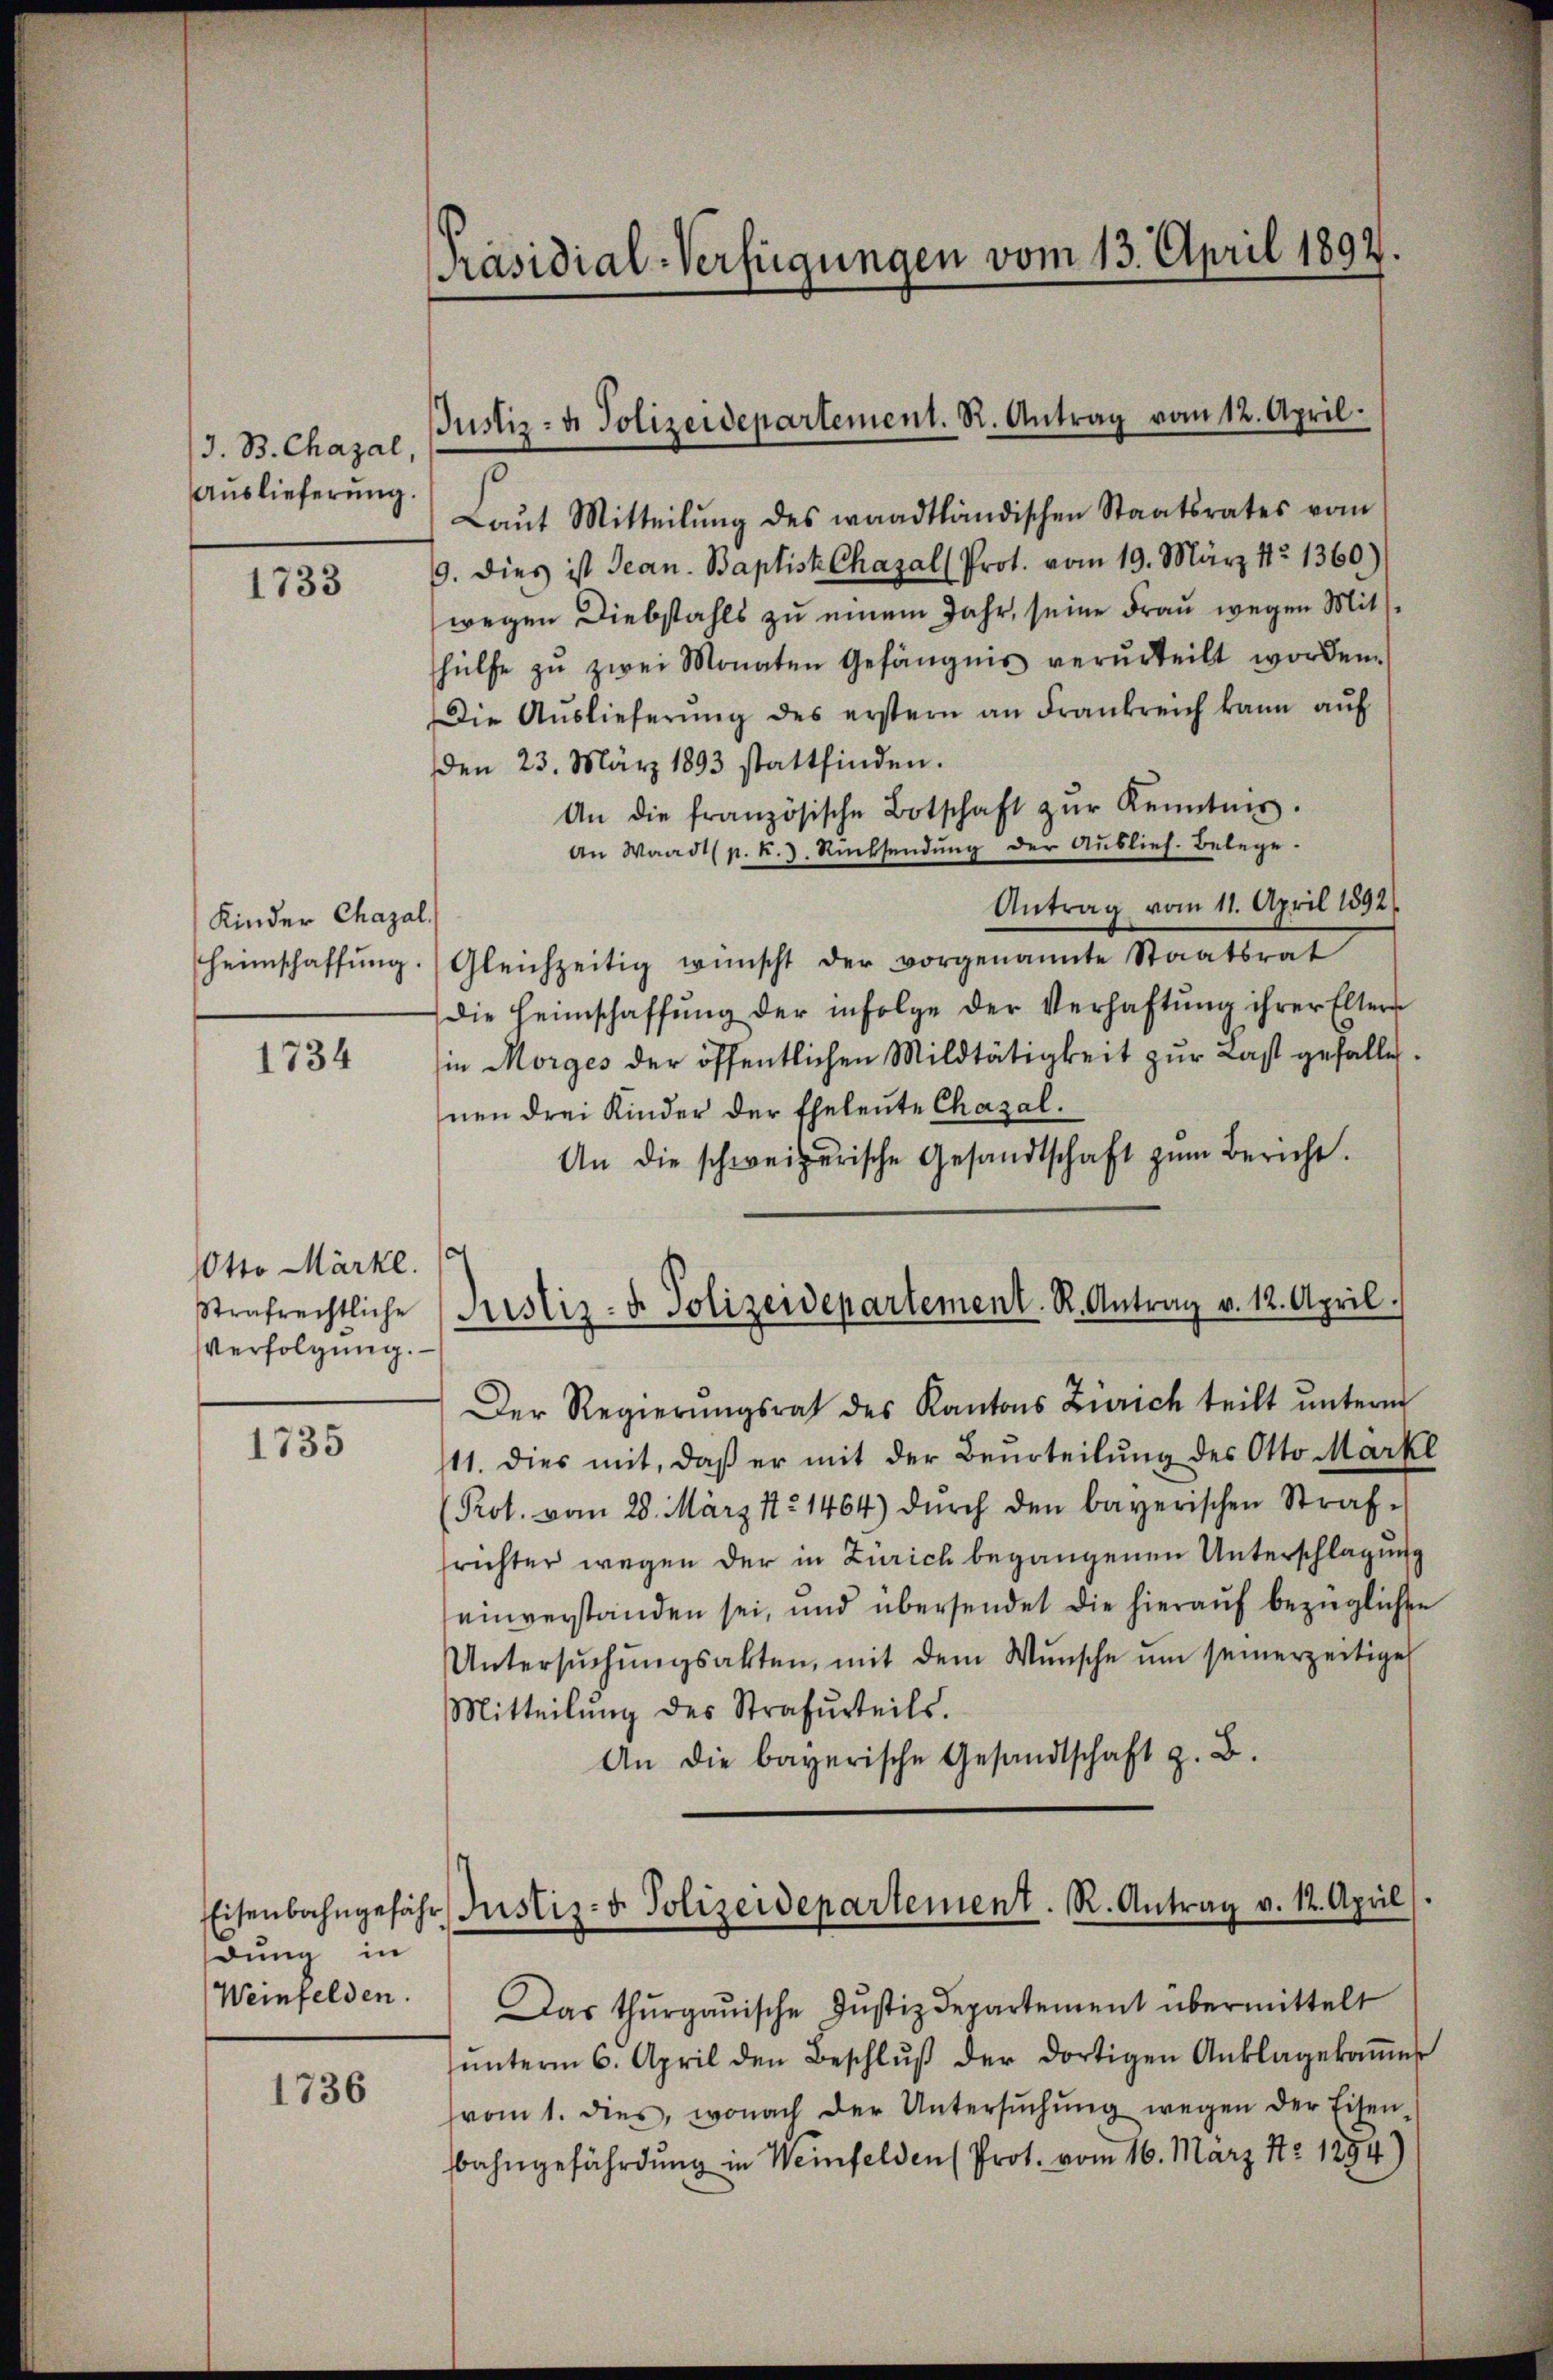
J. B. Chazal,
Auslieferung.

1733

Kinder Chazal.
Heimschaffung.

1734

Otto Märke.
Strafrechtliche
verfolgung.

1735

Eisenbahngefäh
dung in
Weinfelden.

1736

Präsidial-Verfügungen vom 13. April 1892.

Justiz- u. Polizeidepartement. R. Antrag vom 12. April.

.
Laŭt Mitteilŭng des waadtländischen Staatsrates vom
9. dies ist Jean. Baptist Chazal (Prot. vom 19. März 182. 1360.)
wegen Diebstahls zu einem Jahr, seine Frau wegen Mits
hülfe zŭ zwei Monaten Gefängnis verurteilt worden.
Die Aŭslieferŭng des erstern an Frankreich kann aŭf
den 23. März 1893 stattfinden.
An die französische Botschaft zŭr Kenntnis.
An Waadt (p. k. J. Rücksendŭng der Auslief-Belege.
Antrag vom 11. April 1892.
Gleichzeitig wünscht der vorgenannte Staatsrat
Die Heimschaffŭng der infolge der Verhaftŭng ihrer Eltern
in Morges der öffentlichen Mildtätigkeit zur Last gefalle.
nen drei Kinder der Eheleute Chazal.
An die schweizerische Gesandtschaft zŭm Bericht.
Der Regierŭngsrat des Kantons Zürich teilt ŭnterm
11. dies mit, daß er mit der Beurteilung des Otto Mark
Prot. vom 28. März 17. 1464) dŭrch den bayerischen Straf-
richter wegen der in Zürich begangenen Unterschlagung
einverstanden sei, und übersendet die hieraŭf bezüglichen
Untersŭchŭngsakten, mit dem Wunsche um seinerzeitige
Mitteilŭng des Strafurteils.
An die bayerische Gesandtschaft z. B.
Das thurgauische Justizdepartement übermittelt
ŭnterm 6. April den Beschlŭβ der dortigen Anklagekoṁe
vom 1. dies, wonach der Untersŭchŭng wegen der Eisen-
bahngefährdung in Weinfelden (Prot. vom 16. März 172 1854)

Justiz- u. Polizeidepartement. R. Antrag v. 12. April.

Justiz- & Polizeidepartement. R. Antrag v. 12. April